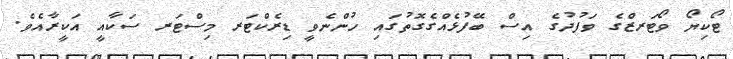
ޓޯކިޔޯ ވޯޓަރޒްގެ ވަފުދުގެ އިސް ބޭފުޅެއްގެގޮތުގައި ހުންނެވީ ޑިރެކްޓަރ މިސްޓަރ ސަކާއީ އަކީރާއެވެ.